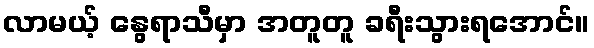
လာမယ့် နွေရာသီမှာ အတူတူ ခရီးသွားရအောင်။